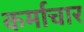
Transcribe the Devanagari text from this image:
कर्माचार